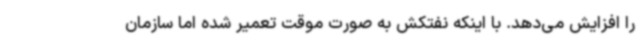
را افزایش می‌دهد. با اینکه نفتکش به صورت موقت تعمیر شده اما سازمان